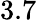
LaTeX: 3.7